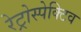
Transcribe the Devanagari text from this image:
रेट्रोस्‍पेक्टिव